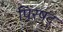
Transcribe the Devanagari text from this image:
पिरषद्